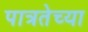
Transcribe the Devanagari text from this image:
पात्रतेच्या